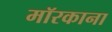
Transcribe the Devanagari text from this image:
मॉरकाना